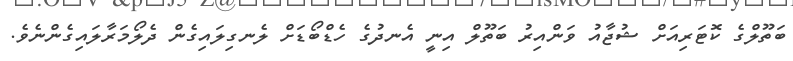
ބަތޫލްގެ ކޮޓަރިއަށް ޝުޖާއު ވަންއިރު ބަތޫލް އިނީ އެނދުގެ ހެޑްބޯޑަށް ލެނގިލައިގެން ދެލޯމަރާލައިގެންނެވެ.